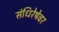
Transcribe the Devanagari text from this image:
संधिरेषेवर